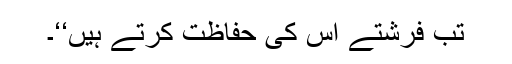
تب فرشتے اُس کی حفاظت کرتے ہیں‘‘۔